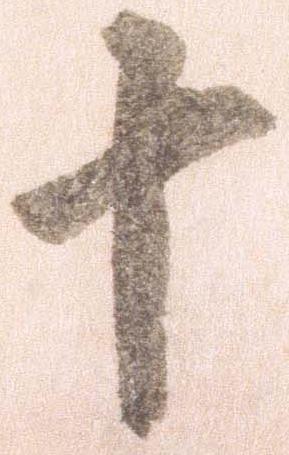
十